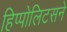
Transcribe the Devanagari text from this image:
हिप्पोलिटसने